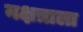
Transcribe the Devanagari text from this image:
नक्षत्राला